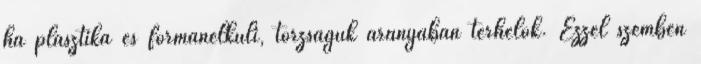
ha plasztika és formanélküli, torzságuk arányában terhelők. Ezzel szemben